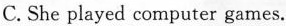
C.She played computer games.